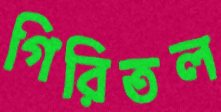
গিরিতল